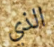
الذي